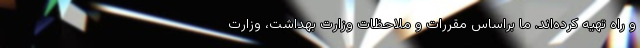
و راه تهیه کرده‌اند. ما براساس مقررات و ملاحظات وزارت بهداشت، وزارت